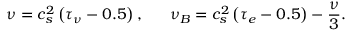
\nu = c _ { s } ^ { 2 } \left( \tau _ { \nu } - 0 . 5 \right) , ~ ~ ~ ~ ~ \nu _ { B } = c _ { s } ^ { 2 } \left( \tau _ { e } - 0 . 5 \right) - \frac { \nu } { 3 } .